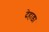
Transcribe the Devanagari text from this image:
देहाड़ा